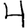
Digit: 4